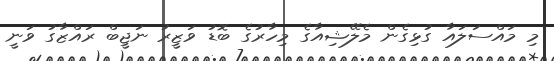
މި މައްސަލައާ ގުޅިގެން މެލޭޝިއާގެ މިހާރުގެ ބޮޑު ވަޒީރު ނަޖީބް ރަައްޒާގު ވަނީ